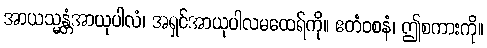
အာယသ္မန္တံအာယုပါလံ၊ အရှင်အာယုပါလမထေရ်ကို။ ဧတံဝစနံ၊ ဤစကားကို။